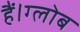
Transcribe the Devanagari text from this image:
हैं।ग्लोब